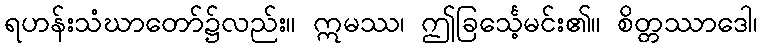
ရဟန်းသံဃာတော်၌လည်း။ ဣမဿ၊ ဤခြင်္သေ့မင်း၏။ စိတ္တဿာဒေါ၊